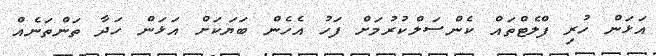
އަޅަން ހުރި ފްލެޓްތައް ކެންސަލްކުރުމަށް ފަހު އެހެން ބަޔަކަށް އަޅަން ހަދާ ތަންތަނެއް